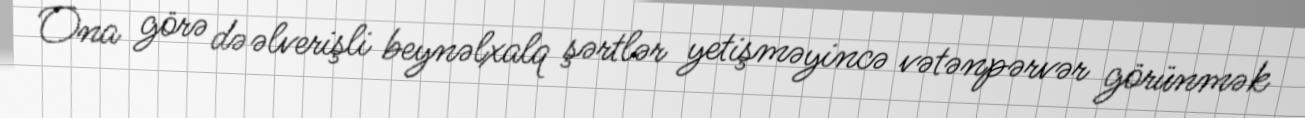
Ona görə də əlverişli beynəlxalq şərtlər yetişməyincə vətənpərvər görünmək